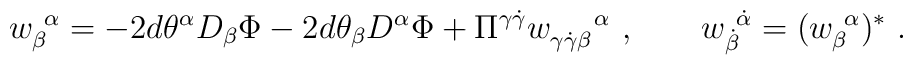
{w}_\beta^{~\alpha}=    -2 d\theta^\alpha D_\beta \Phi    -2 d\theta_\beta D^\alpha \Phi +    \Pi^{\gamma\dot{\gamma}}    w_{\gamma\dot{\gamma}\beta}^{~~~~\alpha}~, \qquad w_{\dot{\beta}}^{~\dot{\alpha}}=    (w_\beta^{~\alpha})^*~.